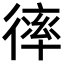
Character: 𢕑